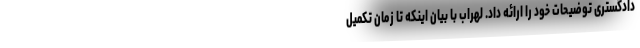
دادگستری توضیحات خود را ارائه داد. لهراب با بیان اینکه تا زمان تکمیل